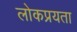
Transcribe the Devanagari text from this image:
लोकप्रयता